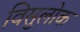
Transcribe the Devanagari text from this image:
विसुलोक